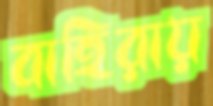
বাহিরায়